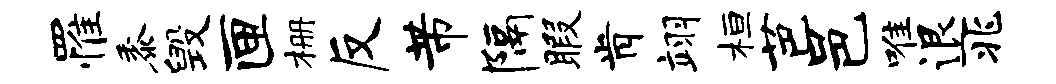
罹黍毁匣栅反芾隔暇肯翊桓芭邑唯退兆